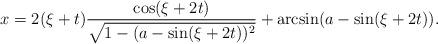
LaTeX: \begin{align*}x=2(\xi+t)\frac{\cos(\xi+2t)}{\sqrt{1-(a-\sin(\xi+2t))^2}}+\arcsin(a-\sin(\xi+2t)). \end{align*}